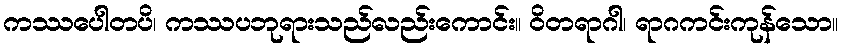
ကဿပေါတပိ၊ ကဿပဘုရားသည်လည်းကောင်း။ ဝိတရာဂါ၊ ရာဂကင်းကုန်သော။